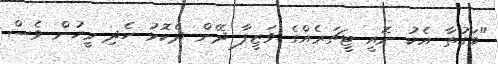
"ވަގުތާ އެކު ނޮއީ ޓީޗަރެއްގެ ވަޒީފާ ދޭން ދެކޮޅު ހެދި މީހުން ވެސް